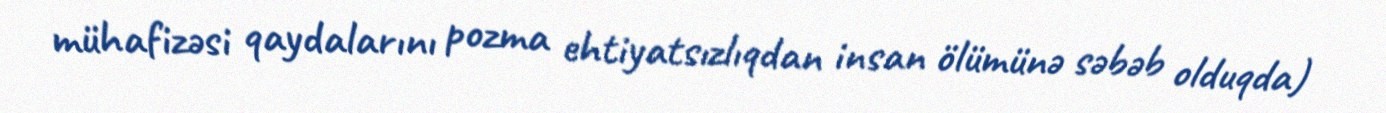
mühafizəsi qaydalarını pozma ehtiyatsızlıqdan insan ölümünə səbəb olduqda)